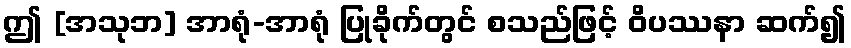
ဤ [အသုဘ] အာရုံ-အာရုံ ပြုခိုက်တွင် စသည်ဖြင့် ဝိပဿနာ ဆက်၍